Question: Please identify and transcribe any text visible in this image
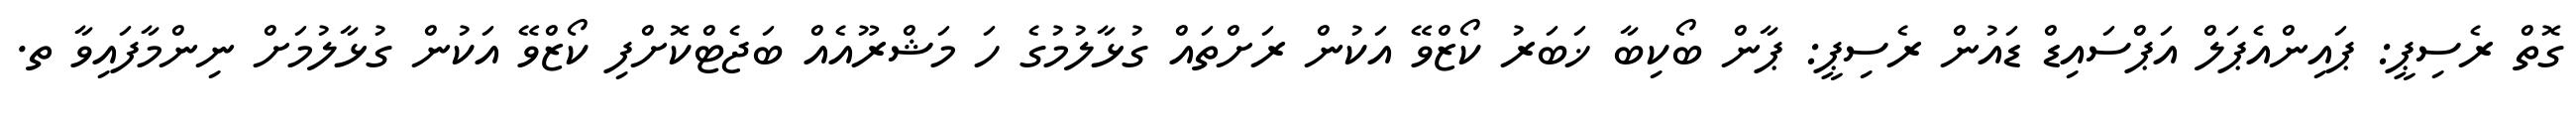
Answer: ގޮތް ރެސިޕީ: ޕައިންއެޕަލް އަޕްސައިޑް ޑައުން ރެސިޕީ: ޕާން ބޯކިބާ ޚަބަރު ކޯޒްވޭ އަކުން ރަށްތައް ގުޅާލުމުގެ ހަ މަޝްރޫއެއް ބަޖެޓްކޮށްފި ކޯޒްވޭ އަކުން ގުޅާލުމަށް ނިންމާފައިވާ ތ.